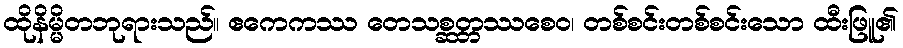
ထိုနိမ္မိတဘုရားသည်။ ဧကေကဿ တေသစ္ဆတ္တဿစေဝ၊ တစ်စင်းတစ်စင်းသော ထီးဖြူ၏